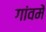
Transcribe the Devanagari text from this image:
गांवमें